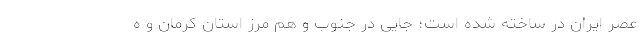
عصر ایران در ساخته شده است؛ جایی در جنوب و هم مرز استان کرمان و ه